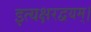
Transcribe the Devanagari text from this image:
इत्यक्षरद्वयम्।